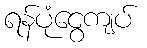
ရန်ပုံငွေကျပ်